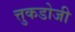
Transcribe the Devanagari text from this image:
त्तुकडोजी